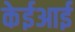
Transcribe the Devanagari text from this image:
केईआई